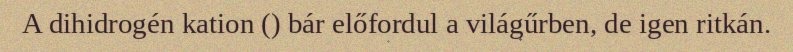
A dihidrogén kation () bár előfordul a világűrben, de igen ritkán.